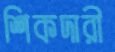
শিকদারী